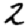
Digit: 2